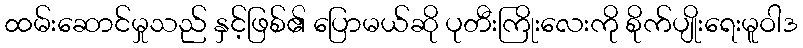
ထမ်းဆောင်မှုသည် နှင့်ဖြစ်၏ ပြောမယ်ဆို ပုတီးကြိုးလေးကို စိုက်ပျိုးရေးမူဝါဒ